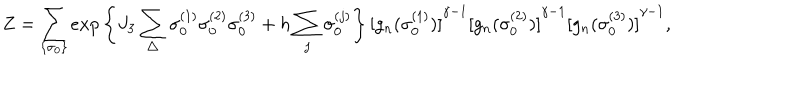
Z = \sum _ { \{ { \sigma } _ { 0 } \} } e x p \left\{ J _ { 3 } \sum _ { \triangle } { \sigma } _ { 0 } ^ { ( 1 ) } { \sigma } _ { 0 } ^ { ( 2 ) } { \sigma } _ { 0 } ^ { ( 3 ) } + h \sum _ { j } \sigma _ { 0 } ^ { ( j ) } \right\} { [ g _ { n } ( { \sigma } _ { 0 } ^ { ( 1 ) } ) ] } ^ { \gamma - 1 } { [ g _ { n } ( { \sigma } _ { 0 } ^ { ( 2 ) } ) ] } ^ { \gamma - 1 } { [ g _ { n } ( { \sigma } _ { 0 } ^ { ( 3 ) } ) ] } ^ { \gamma - 1 } ,